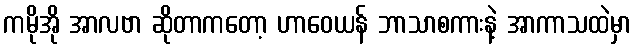
ကမိုအို အာလဗာ ဆိုတာကတော့ ဟာဝေယန် ဘာသာစကားနဲ့ အာကာသထဲမှာ